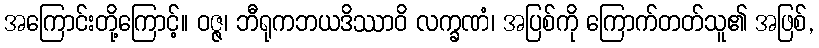
အကြောင်းတို့ကြောင့်။ ဝဇ္ဇ၊ ဘီရုကဘယဒိဿာဝိ လက္ခဏံ၊ အပြစ်ကို ကြောက်တတ်သူ၏ အဖြစ်,